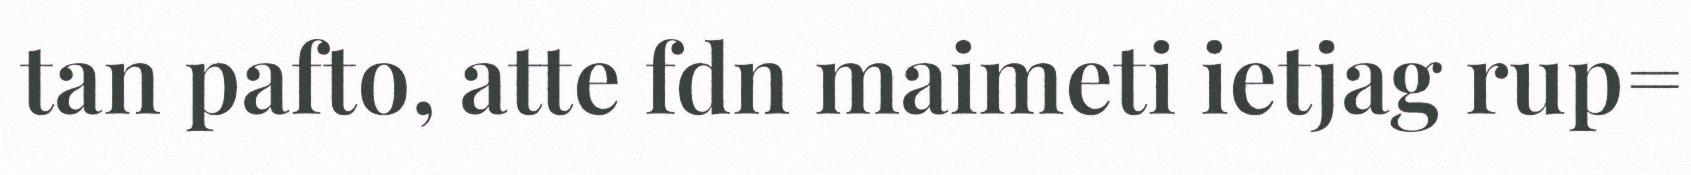
tan pafto, atte fdn maimeti ietjag rup=